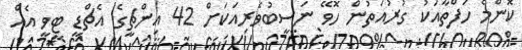
ކޮންމެ ހަފްތާއަކު ގުރުއަތުން ހޮވޭ ނަސީބުވެރިއަކަށް 42 އިންޗީގެ އެޗްޑީ ޓީވީ އެއް